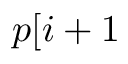
p [ i + 1